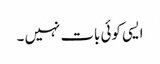
ایسی کوئی بات نہیں ۔